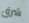
شرق